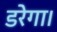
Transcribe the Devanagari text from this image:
डरेगा।